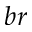
b r